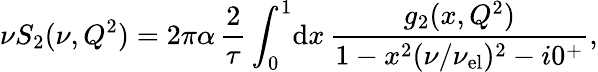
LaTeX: \nu S_{2}(\nu,Q^{2})=2\pi\alpha\, \frac{2}{\tau}\int_{0}^{1}\! \mathrm{d}x\, \frac{g_{2}(x,Q^{2})}{1-x^{2}(\nu/\nu_{\mathrm{el}})^{2}-i0^{+}},